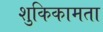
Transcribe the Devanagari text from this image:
शुकिकामता